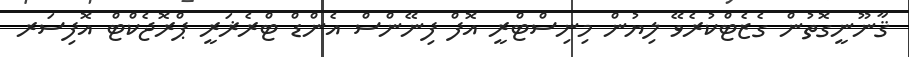
ޤާނޫނީގޮތުން ގެޒެޓްކުރެވޭ ލިޔުން މިނިސްޓްރީ އޮފް ފިނޭންސް އެންޑް ޓްރެޜަރީ ޕްރޮޖެކްޓް އޮފިސަރ